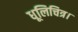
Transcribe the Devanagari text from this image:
धूलिचित्र।